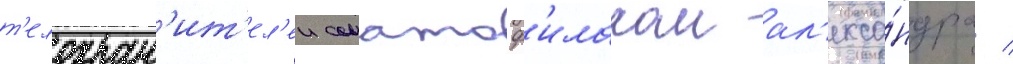
т'елохран'ит'ел'еи соматоф'илаком ал'екса́ндра /